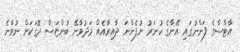
އާޓްސްގެ ފަންނުގައި އޭނާގެ ހުނަރު ނުފެންނަ ދާއިރާއެއް މަދުވާނޭ ބުންޏަސް ދޮގަކަށް ނުވާނެ